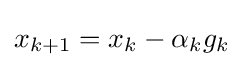
x_{k+1}=x_{k}-\alpha _{k}g_{k}